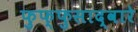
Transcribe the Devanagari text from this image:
फुफ्फुसाद्वारे